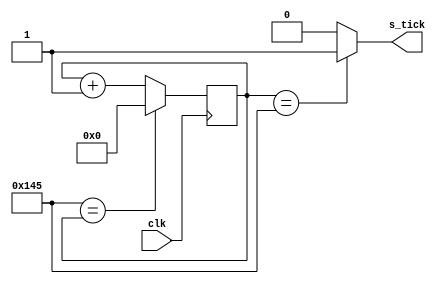
module clk_generator(clk, s_tick);
	input clk;
	output s_tick;
	parameter clk_devide_count=9'd325;
	reg [8:0]count =9'd0;
	
	always@(posedge clk)
		begin
			if(clk_devide_count==count) count =9'd0;
			else count=count + 1'b1;
		end
	
	assign s_tick =(count == clk_devide_count) ? 1'b1:1'b0;
endmodule